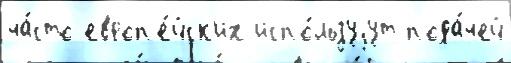
ча́сто европ'е́йск'их испо́льзуjут пода́чей